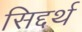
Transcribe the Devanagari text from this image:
सिद्दर्थ